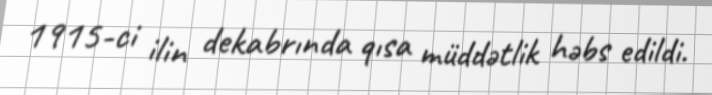
1915-ci ilin dekabrında qısa müddətlik həbs edildi.